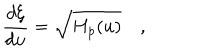
LaTeX: { \frac { d \xi } { d u } } = \sqrt { H _ { p } ( u ) } \quad ,